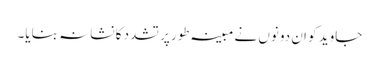
جاوید کو ان دونوں نے مبینہ طور پر تشدد کا نشانہ بنایا۔